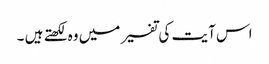
اس آیت کی تفسیر میں وہ لکھتے ہیں ۔